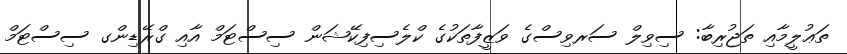
ތަޢުލީމާއި ތަޖުރިބާ: ސިވިލް ސަރވިސްގެ ވަޒީފާތަކުގެ ކްލެސިފިކޭޝަން ސިސްޓަމް އާއި ގްރޭޑިންގ ސިސްޓަމް